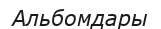
Альбомдары